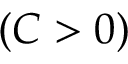
( C > 0 )